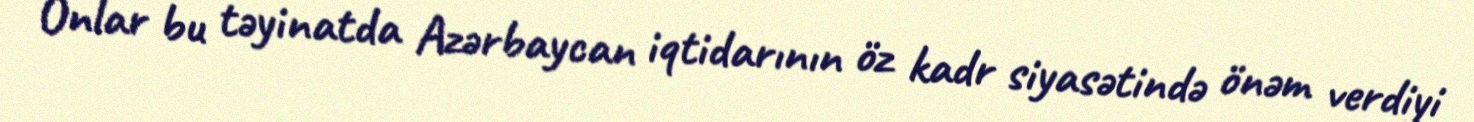
Onlar bu təyinatda Azərbaycan iqtidarının öz kadr siyasətində önəm verdiyi